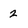
Character: 2